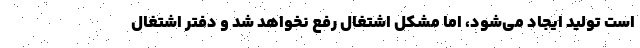
است تولید ایجاد می‌شود، اما مشکل اشتغال رفع نخواهد شد و دفتر اشتغال